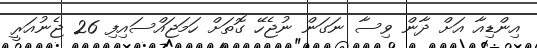
އިންޑިއާ އަށް ދާން ވިސާ ނަގަން ނުޖެހޭ ގޮތަށް ހަމަޖައްސައިފި 26 ޖެނުއަރީ